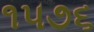
૧૫૭૬